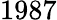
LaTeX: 1987